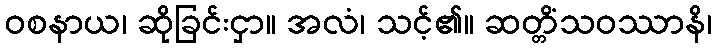
ဝစနာယ၊ ဆိုခြင်းငှာ။ အလံ၊ သင့်၏။ ဆတ္တိံသဝဿာနိ၊